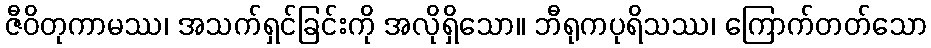
ဇီဝိတုကာမဿ၊ အသက်ရှင်ခြင်းကို အလိုရှိသော။ ဘီရုကပုရိသဿ၊ ကြောက်တတ်သော